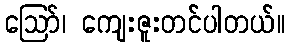
ဪ၊ ကျေးဇူးတင်ပါတယ်။